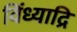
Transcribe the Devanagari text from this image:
विंध्याद्रि